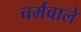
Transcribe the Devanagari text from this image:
चर्मवाले